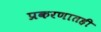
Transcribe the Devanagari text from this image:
प्रकरणातही